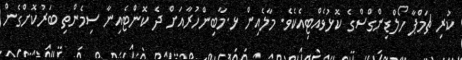
ކުރި ޗަމްޕާ ހޯލްޑިންގްސްގެ ކޮޅުވެެއްޓިއެކެވެ. މާލެއިން ޅ.މާބިންހުރާއަށް ދެ ކޮންޓެއިނާ ސިމެންތި ބަރުކޮށްގެން